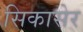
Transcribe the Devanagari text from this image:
सिकासेर